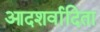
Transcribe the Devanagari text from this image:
आदशर्वादिता